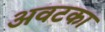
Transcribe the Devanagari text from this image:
अवटका